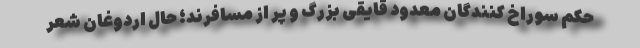
حکم سوراخ کنندگان معدود قایقی بزرگ و پر از مسافرند؛ حال اردوغان شعر